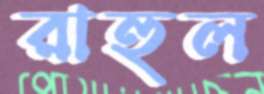
রাহুল